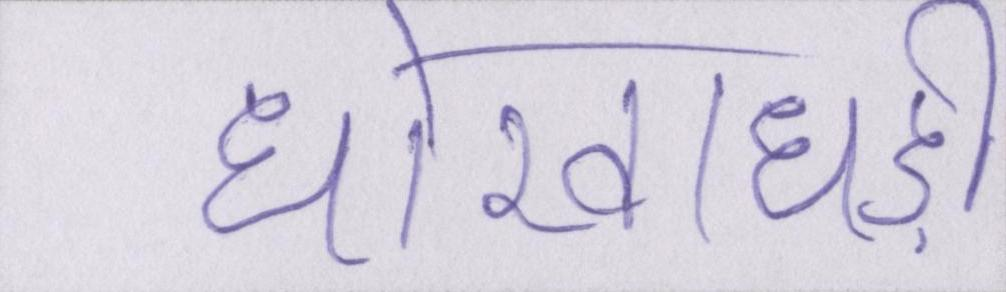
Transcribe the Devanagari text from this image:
धोखाधड़ी